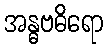
အန္ဓဗဓိရော